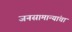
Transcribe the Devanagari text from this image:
जनसामान्यांचा